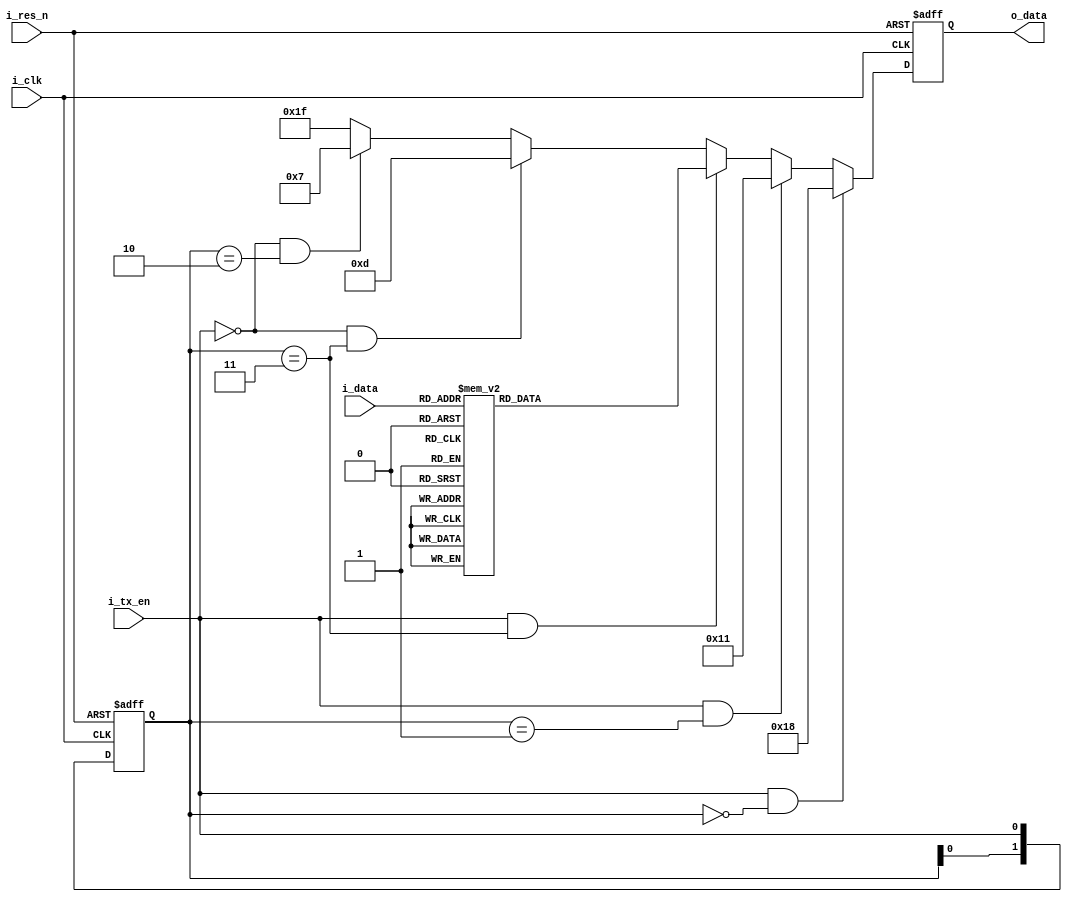
/*****************************************************************
* Title     : 4b5b Encoder for 100BASE-FX
* Design    : kingyo
******************************************************************/
module enc4b5b (
    input   wire            i_clk,
    input   wire            i_res_n,
    input   wire    [3:0]   i_data,
    input   wire            i_tx_en,
    output  reg     [4:0]   o_data
);

    // Tx Sequence memo
    // [START] J => K => **t_data** => T => R [END]

    reg     [1:0]   r_tx_en_old;
    always @(posedge i_clk or negedge i_res_n) begin
        if (~i_res_n) begin
            o_data[4:0] <= 5'd0;
            r_tx_en_old[1:0] <= 2'd0;
        end else begin
            r_tx_en_old[1:0] <= {r_tx_en_old[0], i_tx_en};

            if (i_tx_en & (r_tx_en_old[1:0] == 2'b00)) begin
                o_data[4:0] <= 5'b11000;    // J
            end else if (i_tx_en & (r_tx_en_old[1:0] == 2'b01)) begin
                o_data[4:0] <= 5'b10001;    // K
            end else if (i_tx_en & (r_tx_en_old[1:0] == 2'b11)) begin
                case (i_data[3:0])
                    4'h0: o_data[4:0] <= 5'b11110;
                    4'h1: o_data[4:0] <= 5'b01001;
                    4'h2: o_data[4:0] <= 5'b10100;
                    4'h3: o_data[4:0] <= 5'b10101;
                    4'h4: o_data[4:0] <= 5'b01010;
                    4'h5: o_data[4:0] <= 5'b01011;
                    4'h6: o_data[4:0] <= 5'b01110;
                    4'h7: o_data[4:0] <= 5'b01111;
                    4'h8: o_data[4:0] <= 5'b10010;
                    4'h9: o_data[4:0] <= 5'b10011;
                    4'hA: o_data[4:0] <= 5'b10110;
                    4'hB: o_data[4:0] <= 5'b10111;
                    4'hC: o_data[4:0] <= 5'b11010;
                    4'hD: o_data[4:0] <= 5'b11011;
                    4'hE: o_data[4:0] <= 5'b11100;
                    4'hF: o_data[4:0] <= 5'b11101;
                endcase
            end else if (~i_tx_en & (r_tx_en_old[1:0] == 2'b11)) begin
                o_data[4:0] <= 5'b01101;    // T
            end else if (~i_tx_en & (r_tx_en_old[1:0] == 2'b10)) begin
                o_data[4:0] <= 5'b00111;    // R
            end else begin
                o_data[4:0] <= 5'b11111;    // IDLE
            end
        end
    end

endmodule